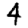
Digit: 4